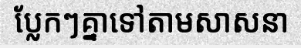
ប្លែកៗគ្នាទៅតាមសាសនា